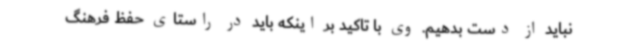
نباید از دست بدهیم. وی با تاکید بر اینکه باید در راستای حفظ فرهنگ